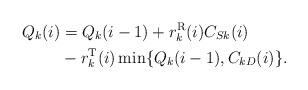
LaTeX: \begin{align*} Q_k(i)&=Q_k(i-1)+ r_k^{\rm R}(i) C_{Sk}(i)\\& - r_k^{\rm T}(i) \min\{Q_k(i-1),C_{kD}(i)\}.\end{align*}